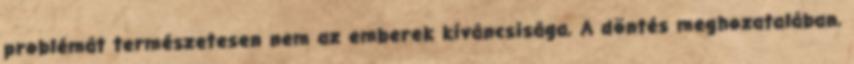
problémát természetesen nem az emberek kíváncsisága, A döntés meghozatalában,